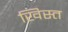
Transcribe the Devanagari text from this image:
खिस्‍त